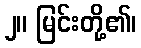
၂။ မြင်းတို့၏၊